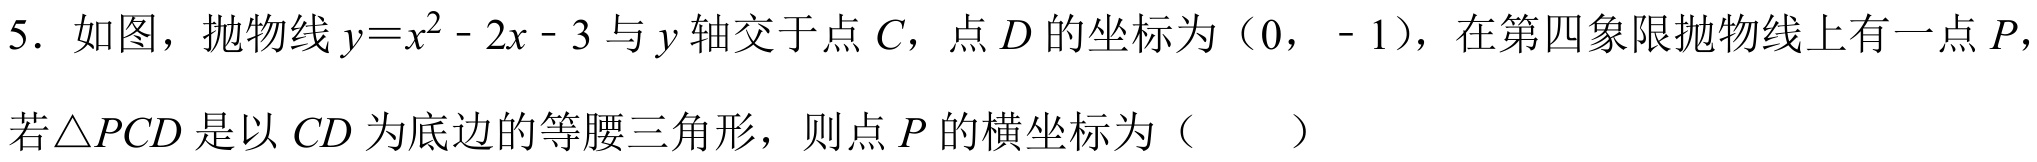
5. 如图，抛物线\(y = x^{2}-2x - 3\)与\(y\)轴交于点\(C\)，点\(D\)的坐标为\((0,-1)\)，在第四象限抛物线上有一点\(P\)，
若\(\triangle PCD\)是以 \(CD\)为底边的等腰三角形，则点\(P\)的横坐标为（  ）